Problem: 7 × 3 = ?
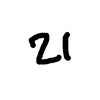
Handwritten answer: 21